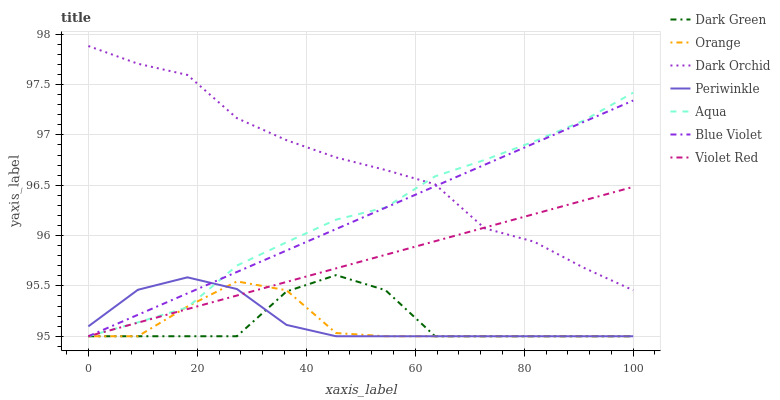
| xaxis_label | Dark Green | Orange | Dark Orchid | Periwinkle | Aqua | Blue Violet | Violet Red |
 | --- | --- | --- | --- | --- | --- | --- | --- |
 | 0 | 95 | 95 | 97.9 | 95.1 | 95 | 95 | 95 |
 | 9.09 | 95 | 95 | 97.7 | 95.5 | 95.1 | 95.2 | 95.1 |
 | 18.2 | 95 | 95.3 | 97.6 | 95.6 | 95.3 | 95.4 | 95.3 |
 | 27.3 | 95 | 95.5 | 97.2 | 95.5 | 95.7 | 95.6 | 95.4 |
 | 36.4 | 95.4 | 95.5 | 96.9 | 95.1 | 95.9 | 95.9 | 95.5 |
 | 45.5 | 95.6 | 95 | 96.8 | 95 | 96.2 | 96.1 | 95.7 |
 | 54.5 | 95.5 | 95 | 96.7 | 95 | 96.3 | 96.3 | 95.8 |
 | 63.6 | 95 | 95 | 96.5 | 95 | 96.6 | 96.5 | 95.9 |
 | 72.7 | 95 | 95 | 96.1 | 95 | 96.8 | 96.7 | 96.1 |
 | 81.8 | 95 | 95 | 95.9 | 95 | 96.9 | 96.9 | 96.2 |
 | 90.9 | 95 | 95 | 95.7 | 95 | 97.1 | 97.1 | 96.3 |
 | 100 | 95 | 95 | 95.5 | 95 | 97.4 | 97.3 | 96.5 |